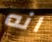
انه